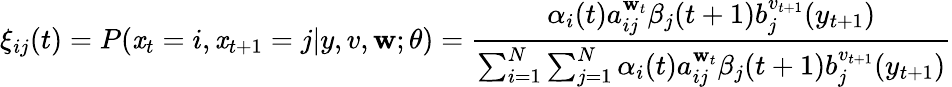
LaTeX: \xi_{ij}(t)=P(\mathit{x}_{t}=i,\mathit{x}_{t+1}=j|y,v,\mathbf{w};\theta)={\frac{{\alpha_{i}(t)a_{ij}^{\mathbf{w}_{t}}\beta_{j}(t+1)b_{j}^{v_{t+1}}(y_{t+1})}}{{\sum_{i=1}^{N}\sum_{j=1}^{N}\alpha_{i}(t)a_{ij}^{\mathbf{w}_{t}}\beta_{j}(t+1)b_{j}^{v_{t+1}}(y_{t+1})}}}